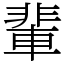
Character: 輩